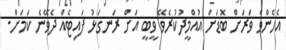
އެހެންވެ ވަރަށް ބޮޑަށް އުއްމީދުކުރެވޭ ވީބީ އަށް ރަނގަޅު ފައިޓެއް ދެވޭނެ ކަމަށް.